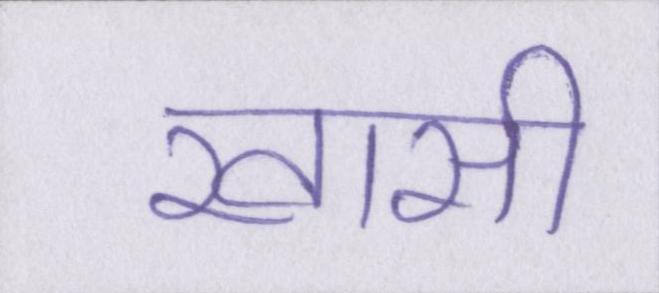
खासी